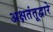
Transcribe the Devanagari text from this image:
अक्षतंतूद्वारे